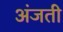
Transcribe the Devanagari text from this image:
अंजती